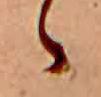
ゝ